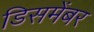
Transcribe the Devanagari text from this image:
डिसमेंबर